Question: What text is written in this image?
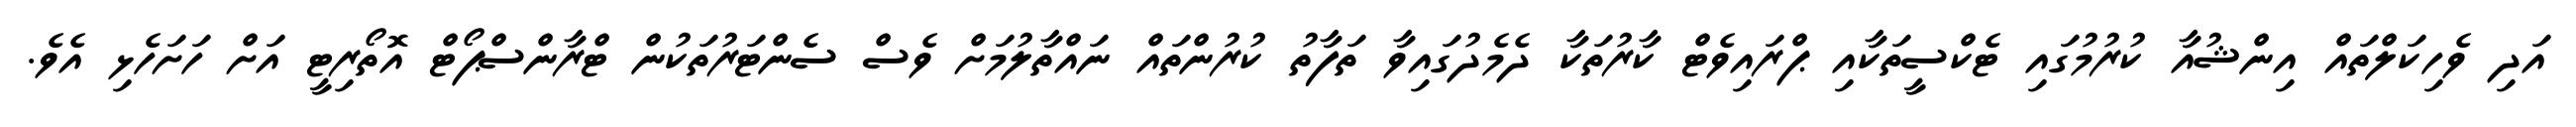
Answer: އަދި ވެހިކަލްތައް އިންޝުއާ ކުރުމުގައި ޓެކްސީތަކާއި ޕްރައިވެޓް ކާރުތަކާ ދެމެދުގައިވާ ތަފާތު ކުރުންތައް ނައްތާލުމަށް ވެސް ސެންޓަރުތަކުން ޓްރާންސްޕޯޓް އޮތޯރިޓީ އަށް ހަށަހެޅި އެވެ.